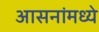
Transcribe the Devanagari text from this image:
आसनांमध्ये